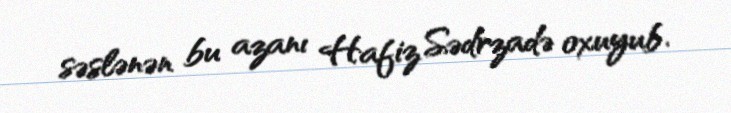
səslənən bu azanı Hafiz Sədrzadə oxuyub.